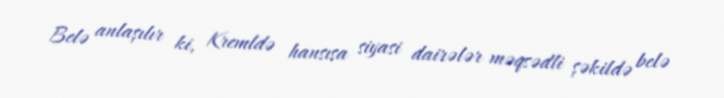
Belə anlaşılır ki, Kremldə hansısa siyasi dairələr məqsədli şəkildə belə